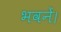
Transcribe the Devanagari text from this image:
भवनें।